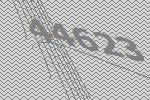
44623